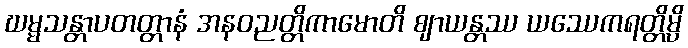
ဃမ္မသန္တာပတတ္တာနံ အနဝညတ္တိကာမောတိ ဈာယန္တဿ ယဿေကရတ္တိမ္ပိ